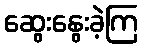
ဆွေးနွေးခဲ့ကြ